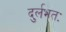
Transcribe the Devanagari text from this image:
दुर्लभतः